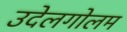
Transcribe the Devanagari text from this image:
उदेलगोलम